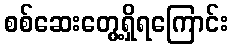
စစ်ဆေးတွေ့ရှိရကြောင်း